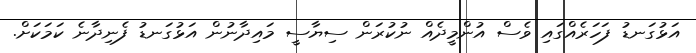
އަޅުގަނޑު ފަހަރެއްގައި ވެސް އުންމީދެއް ނުކުރަން ސިޔާސީ މައިދާނުން އަޅުގަނޑު ފެނިދާނެ ކަމަކަށް.